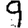
Digit: 9